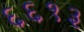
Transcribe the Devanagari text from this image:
६६१३